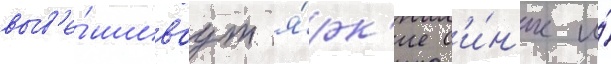
выв'е́шиваут я́рк'ие с'и́н'ие и́